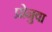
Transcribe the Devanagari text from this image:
प्रोनुवा